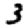
Digit: 3